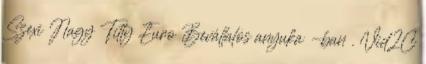
Szexi Nagy Titty Euro Bevállalós anyuka -ban . Vid2C